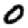
Digit: 0